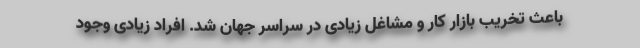
باعث تخریب بازار کار و مشاغل زیادی در سراسر جهان شد. افراد زیادی وجود